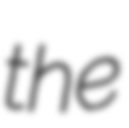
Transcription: the